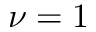
\nu = 1